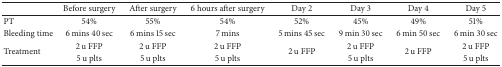
<table><thead><tr><td><b> </b></td><td><b>Before surgery</b></td><td><b>After surgery</b></td><td><b>6 hours after surgery</b></td><td><b>Day 2</b></td><td><b>Day 3</b></td><td><b>Day 4</b></td><td><b>Day 5</b></td></tr></thead><tbody><tr><td>PT</td><td>54%</td><td>55%</td><td>54%</td><td>52%</td><td>45%</td><td>49%</td><td>51%</td></tr><tr><td>Bleeding time</td><td>6 mins 40 sec</td><td>6 mins 15 sec</td><td>7 mins</td><td>5 mins 45 sec</td><td>9 min 30 sec</td><td>6 min 50 sec</td><td>6 min 30 sec</td></tr><tr><td rowspan="2">Treatment</td><td>2 u FFP</td><td>2 u FFP</td><td>2 u FFP</td><td rowspan="2">2 u FFP</td><td>2 u FFP</td><td rowspan="2">2 u FFP</td><td>2 u FFP</td></tr><tr><td>5 u plts</td><td>5 u plts</td><td>5 u plts</td><td>5 u plts</td><td>5 u plts</td></tr></tbody></table>